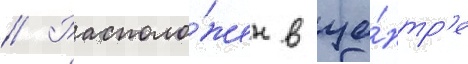
// Располо́жен в це́нтр'е